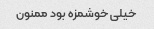
خیلی خوشمزه بود ممنون